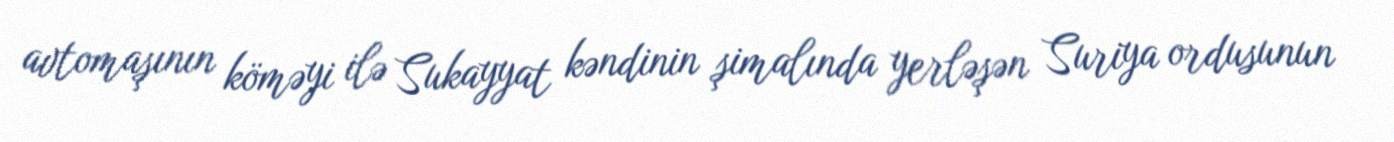
avtomaşının köməyi ilə Sukayyat kəndinin şimalında yerləşən Suriya ordusunun